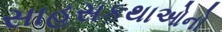
સાહસકથાઓનો